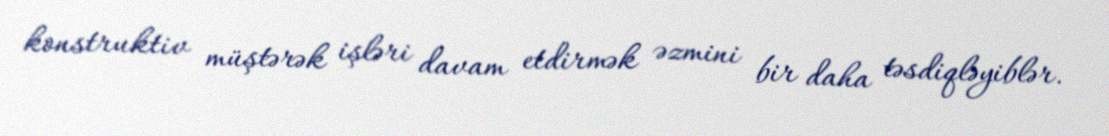
konstruktiv müştərək işləri davam etdirmək əzmini bir daha təsdiqləyiblər.